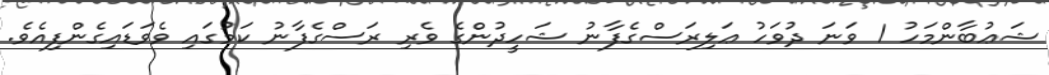
ޝަޢުބާންމަހު 1 ވަނަ ދުވަހު ޢަލިރަސްގެފާނު ޝަހީދުންގެ ވެރި ރަސްގެފާނު ކަމުގައި ވެވަޑައިގެންފިއެވެ.